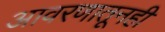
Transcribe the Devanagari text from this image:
आवरणातूनही